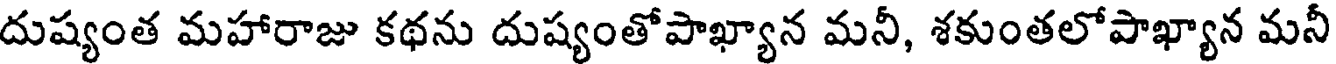
దుష్యంత మహారాజు కథను దుష్యంతోపాఖ్యాన మనీ, శకుంతలోపాఖ్యాన మనీ